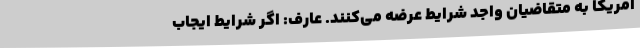
آمریکا به متقاضیان واجد شرایط عرضه می‌کنند. عارف: اگر شرایط ایجاب